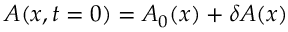
A ( x , t = 0 ) = A _ { 0 } ( x ) + \delta A ( x )